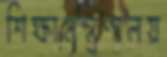
শিক্ষামন্ত্রণালয়